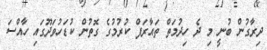
ދިރާގުން ބުނީ މި ދެ ހިދުމަތް ތައާރަފް ކުރުމުގެ ގޮތުން ކުޑަހުވަދޫގައި ހާއްސަ